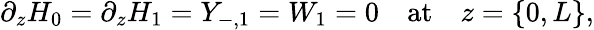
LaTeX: \partial_{z}H_{0}=\partial_{z}H_{1}=Y_{-,1}=W_{1}=0\quad\mathrm{at}\quad z=\{ 0,L\} ,